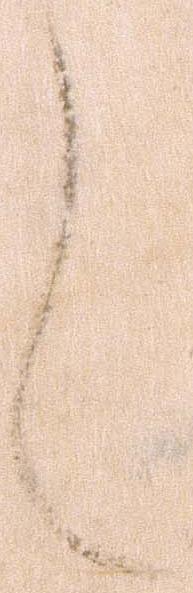
し